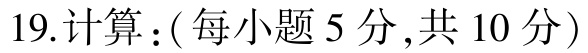
19.计算：( 每小题 5 分,共 10 分)